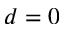
d = 0